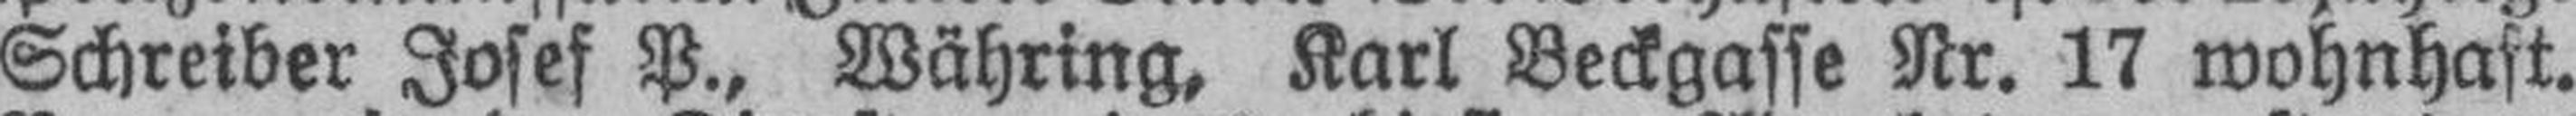
Schreiber Josef P., Währing, Karl Beckgasse Nr. 17 wohnhaft.